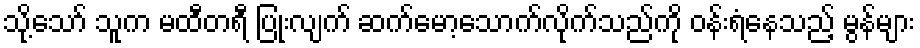
သို့သော် သူက မထီတရီ ပြုံးလျက် ဆက်မော့သောက်လိုက်သည်ကို ဝန်းရံနေသည့် မွန်များ